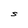
Character: S